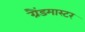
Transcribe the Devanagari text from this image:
ग्रैंडमास्‍टर